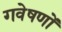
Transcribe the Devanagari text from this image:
गवेषणों